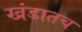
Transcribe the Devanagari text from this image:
खंडातच